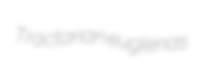
Tractarian euglenas